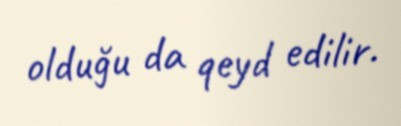
olduğu da qeyd edilir.